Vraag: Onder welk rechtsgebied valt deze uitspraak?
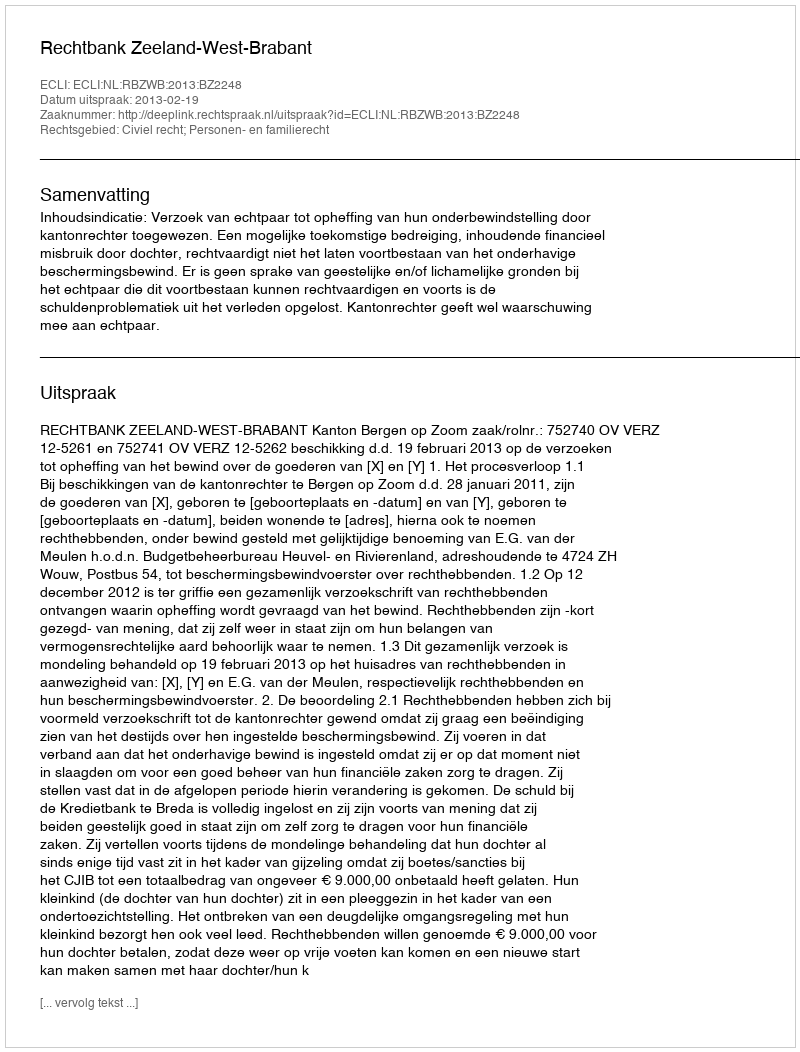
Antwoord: Civiel recht; Personen- en familierecht